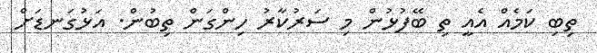
ތިބި ކަމެއް އެއީ ތި ބޭފުޅުން މި ސަރުކާރު ހިންގަން ތިބުން. އަޅުގަނޑަށް